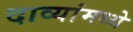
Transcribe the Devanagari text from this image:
दाव्यांमध्ये